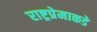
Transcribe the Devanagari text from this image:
राष्ट्रप्रेमाकडे